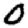
Digit: 0